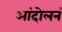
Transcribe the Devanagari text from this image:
आंदोलनं